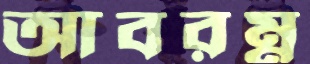
আবরম্ন